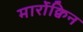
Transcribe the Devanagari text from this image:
मार्रोक्विन